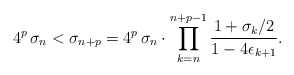
\begin{align*}4^p \, \sigma_n < \sigma_{n+p}= 4^p \, \sigma_n \cdot \prod_{k=n}^{n+p-1} \frac{1+\sigma_k/2}{1-4\epsilon_{k+1}}.\end{align*}